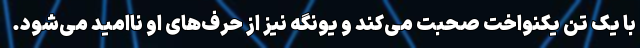
با یک تُن یکنواخت صحبت می‌کند و یونگه نیز از حرف‌های او ناامید می‌شود.